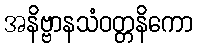
အနိဗ္ဗာနသံဝတ္တနိကော